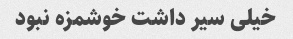
خیلی سیر داشت خوشمزه نبود